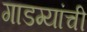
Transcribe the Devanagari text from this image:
गाडग्यांची